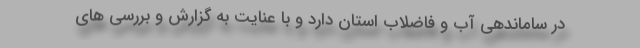
در ساماندهی آب و فاضلاب استان دارد و با عنایت به گزارش و بررسی های